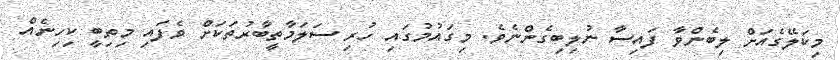
މިކަލޭގެއަށް ލިބެންވާ ފައިސާ ނުލިބިގެންނެވެ. މިގައުމުގައި ހުރި ސަލަމާތީބާރުތަކަށް ވެފައި މިތިބީ ކިހިނެއް